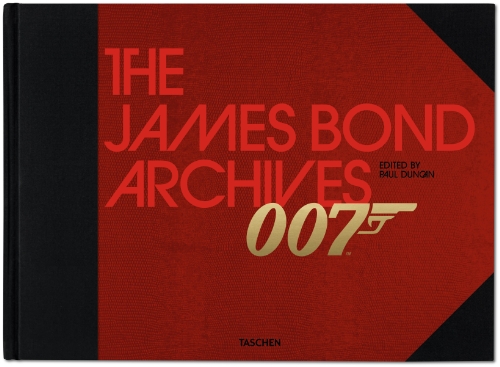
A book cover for The James Bond Archives; Humor & Entertainment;